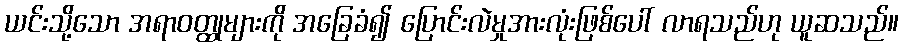
ယင်းသို့သော အရာဝတ္ထုများကို အခြေခံ၍ ပြောင်းလဲမှုအားလုံးဖြစ်ပေါ် လာရသည်ဟု ယူဆသည်။